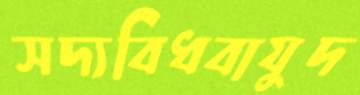
সদ্যবিধবাযুদ